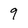
Character: 9